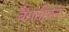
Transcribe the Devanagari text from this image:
बैंगनीपन